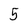
Character: 5